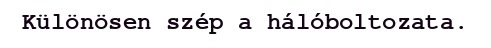
Különösen szép a hálóboltozata.